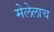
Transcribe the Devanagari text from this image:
मेलेलाच